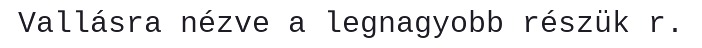
Vallásra nézve a legnagyobb részük r.